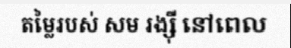
តម្លៃរបស់ សម រង្ស៊ី នៅពេល